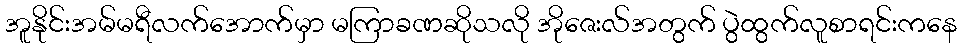
အူနိုင်းအမ်မရီလက်အောက်မှာ မကြာခဏဆိုသလို အိုဇေးလ်အတွက် ပွဲထွက်လူစာရင်းကနေ